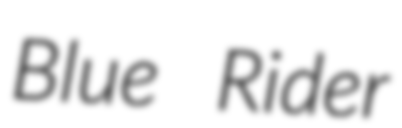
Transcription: Blue Rider